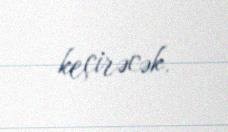
keçirəcək.